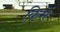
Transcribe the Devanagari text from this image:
किमें